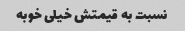
نسبت به قیمتش خیلی خوبه